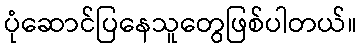
ပုံဆောင်ပြနေသူတွေဖြစ်ပါတယ်။